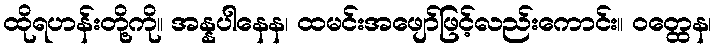
ထိုရဟန်းတို့ကို။ အန္နပါနေန၊ ထမင်းအဖျော်ဖြင့်လည်းကောင်း။ ဝတ္ထေန၊